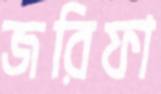
জরিফা